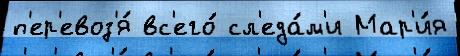
п'ер'евоз'я́ вс'его́ сл'еда́м'и Мар'и́я